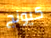
كيونج